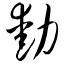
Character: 动